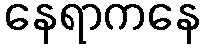
နေရာကနေ